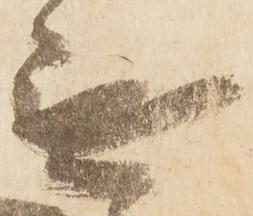
無